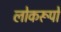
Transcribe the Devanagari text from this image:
लोकरूपों